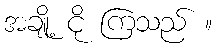
အချို့ ငို ကြသည် ။